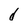
Character: d